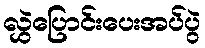
လွှဲပြောင်းပေးအပ်ပွဲ